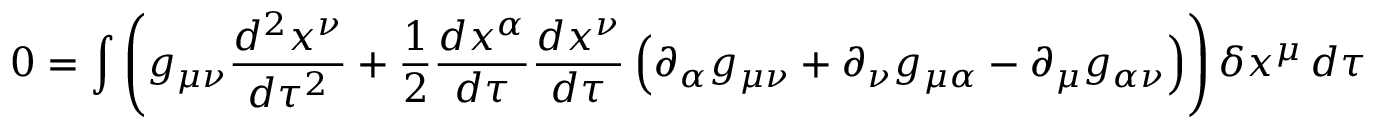
0 = \int \left( g _ { \mu \nu } { \frac { d ^ { 2 } x ^ { \nu } } { d \tau ^ { 2 } } } + { \frac { 1 } { 2 } } { \frac { d x ^ { \alpha } } { d \tau } } { \frac { d x ^ { \nu } } { d \tau } } \left( \partial _ { \alpha } g _ { \mu \nu } + \partial _ { \nu } g _ { \mu \alpha } - \partial _ { \mu } g _ { \alpha \nu } \right) \right) \delta x ^ { \mu } \, d \tau